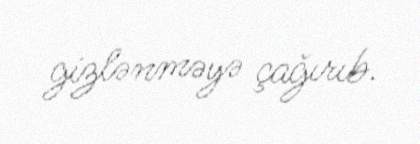
gizlənməyə çağırıb.